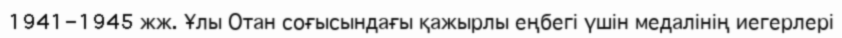
1941-1945 жж. Ұлы Отан соғысындағы қажырлы еңбегі үшін медалінің иегерлері